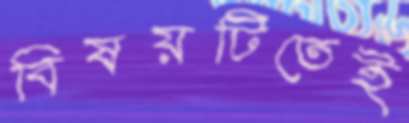
বিষয়টিতেই